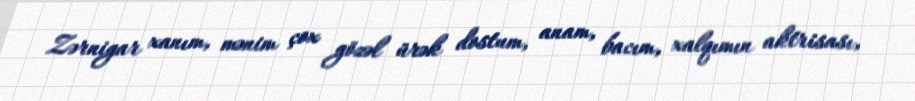
Zərnigar xanım, mənim çox gözəl ürək dostum, anam, bacım, xalqımın aktrisası,